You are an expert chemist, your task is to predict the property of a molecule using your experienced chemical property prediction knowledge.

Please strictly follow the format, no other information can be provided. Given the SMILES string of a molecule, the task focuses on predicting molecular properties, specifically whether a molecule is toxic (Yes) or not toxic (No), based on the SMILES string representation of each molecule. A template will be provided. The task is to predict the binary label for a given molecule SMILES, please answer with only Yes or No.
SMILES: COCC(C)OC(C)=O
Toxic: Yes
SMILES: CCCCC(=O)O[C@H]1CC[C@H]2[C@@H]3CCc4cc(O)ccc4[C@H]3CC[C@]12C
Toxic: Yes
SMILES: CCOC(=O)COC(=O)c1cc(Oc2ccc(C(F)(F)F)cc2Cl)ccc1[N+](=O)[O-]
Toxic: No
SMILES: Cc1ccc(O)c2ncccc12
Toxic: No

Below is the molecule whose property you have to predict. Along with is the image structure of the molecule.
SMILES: COc1c(O[C@@H]2O[C@H](CO)[C@@H](O)[C@H](O)[C@H]2O)cc2c(c1OC)-c1ccc(SC)c(=O)cc1[C@@H](NC(C)=O)CC2
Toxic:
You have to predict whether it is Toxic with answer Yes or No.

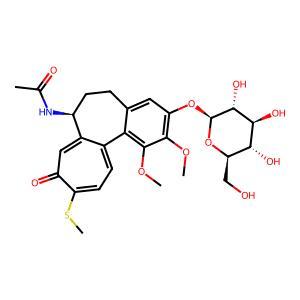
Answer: No